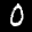
Label: 0